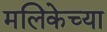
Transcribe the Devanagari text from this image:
मलिकेच्या